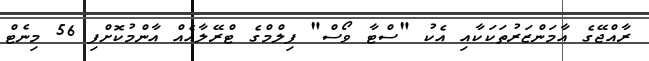
ރާއްޖޭގެ އާމަންޒަރުތަކަކާއި އެކު "ސްޓާ ވޯސް" ފިލްމްގެ ޓްރޭލާއެއް އާންމުކޮށްފި 56 މިނެޓް